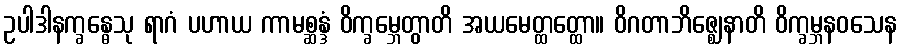
ဥပါဒါနက္ခန္ဓေသု ရာဂံ ပဟာယ ကာမစ္ဆန္ဒံ ဝိက္ခမ္ဘေတွာတိ အယမေတ္ထတ္ထော။ ဝိဂတာဘိဇ္ဈေနာတိ ဝိက္ခမ္ဘနဝသေန